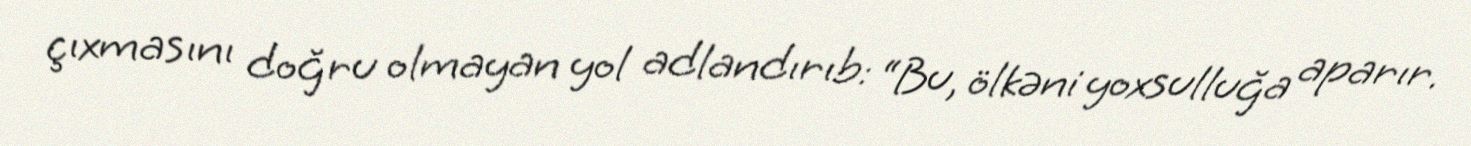
çıxmasını doğru olmayan yol adlandırıb: “Bu, ölkəni yoxsulluğa aparır.